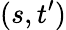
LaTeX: (s,t^{\prime})